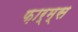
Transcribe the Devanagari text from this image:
फ़ार्म्स